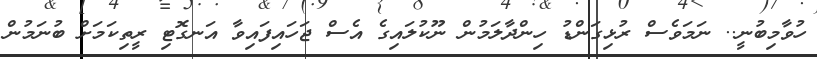
ހުވާމިބުނީ.. ނަމަވެސް ރުޅިގަންޑު ހިންދާލަމުން ނޫކުލައިގެ އެސް ޖަހައިފައިވާ އަނގޮޓި ރީތިކަމަށް ބުނަމުން